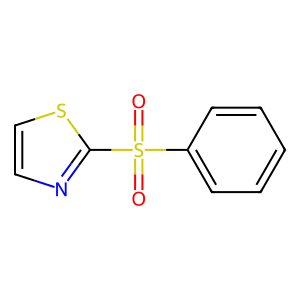
SMILES: O=S(=O)(c1ccccc1)c1nccs1
Inhibits HIV replication: Yes